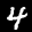
Label: 4